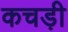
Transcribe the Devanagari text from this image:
कचड़ी